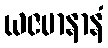
ယဇမာနာနံ